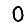
Digit: 0